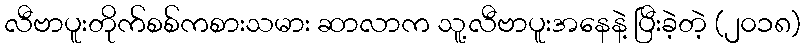
လီဗာပူးတိုက်စစ်ကစားသမား ဆာလာက သူ့လီဗာပူးအနေနဲ့ ပြီးခဲ့တဲ့ (၂၀၁၈)